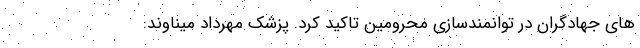
های جهادگران در توانمندسازی محرومین تاکید کرد. پزشک مهرداد میناوند: